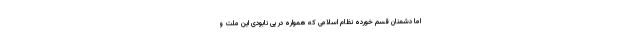
اما دشمنان قسم خورده نظام اسلامی که همواره در پی نابودی این ملت و